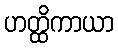
ဟတ္ထိကာယာ